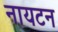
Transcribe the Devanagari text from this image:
नायटन